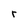
Character: r